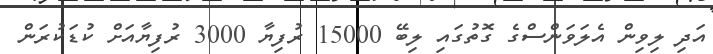
އަދި ލިވިން އެލަވަންސްގެ ގޮތުގައި ލިބޭ 15000 ރުފިޔާ 3000 ރުފިޔާއަށް ކުޑަކުރަން